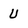
Character: U